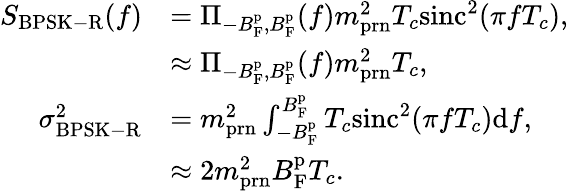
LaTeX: \begin{array}{rl}{S_{\mathrm{BPSK-R}}(f)}&{=\Pi_{-B_{\mathrm{F}}^{\mathrm{p}},B_{\mathrm{F}}^{\mathrm{p}}}(f)m_{\mathrm{prn}}^{2}T_{c}\mathrm{sinc}^{2}(\pi fT_{c}),}\\ &{\approx\Pi_{-B_{\mathrm{F}}^{\mathrm{p}},B_{\mathrm{F}}^{\mathrm{p}}}(f)m_{\mathrm{prn}}^{2}T_{c},}\\ {\sigma_{\mathrm{BPSK-R}}^{2}}&{=m_{\mathrm{prn}}^{2}\int_{-B_{\mathrm{F}}^{\mathrm{p}}}^{B_{\mathrm{F}}^{\mathrm{p}}}T_{c}\mathrm{sinc}^{2}(\pi fT_{c})\mathrm{d}f,}\\ &{\approx 2m_{\mathrm{prn}}^{2}B_{\mathrm{F}}^{\mathrm{p}}T_{c}.}\end{array}